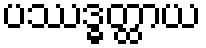
ပဿဒ္ဓတ္ထာယ